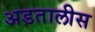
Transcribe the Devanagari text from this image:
अडतालीस